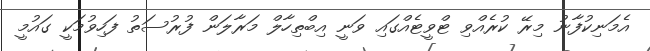
އެމަނިކުފާނު މިރޭ ކުރެއްވި ޓްވީޓެއްގައި ވަނީ އިބްތިހާލް މަރާލަން ފުރުސަތު ފަހިވުމަކީ ގައުމީ